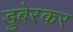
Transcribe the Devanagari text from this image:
डुबेरकर